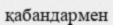
қабандармен